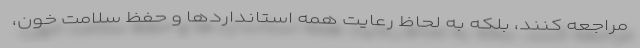
مراجعه کنند، بلکه به لحاظ رعایت همه استانداردها و حفظ سلامت خون،